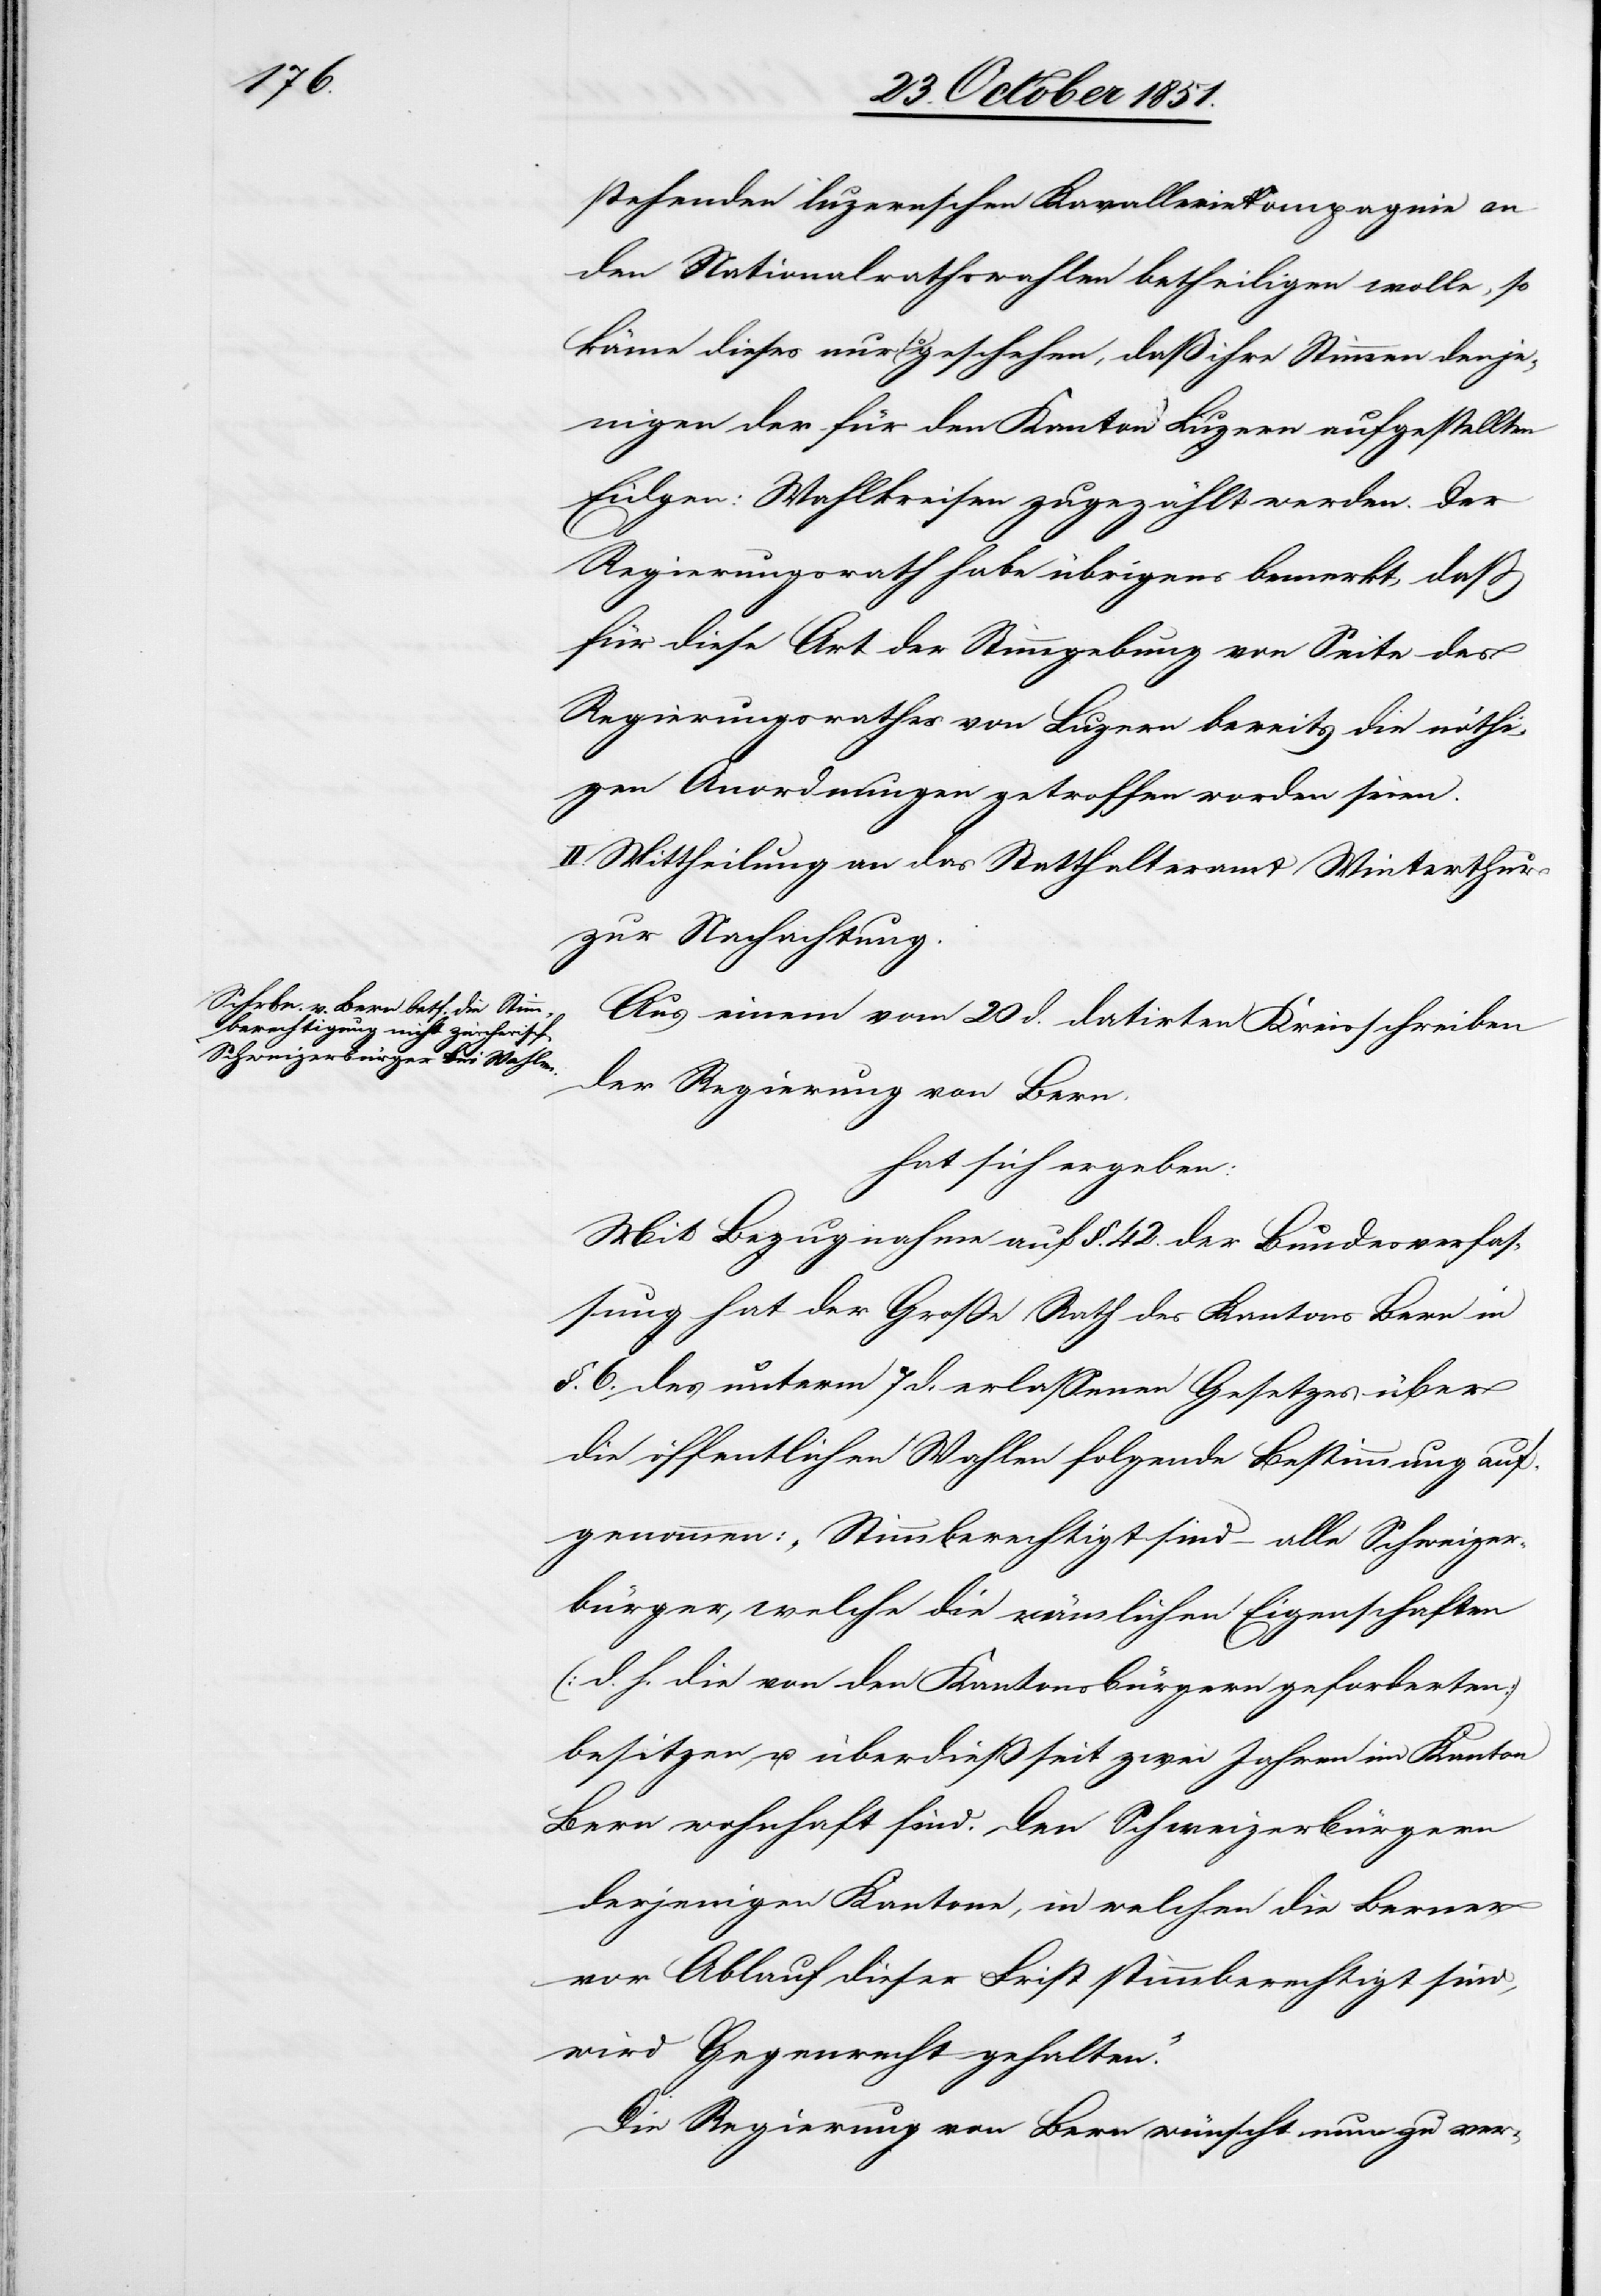
stehenden luzernschen Kavalleriekompagnie an
den Nationalrathswahlen betheiligen wolle, so
könne dieses nur so geschehen, daß ihre Stimmen denje¬
nigen der für den Kanton Luzern aufgestellten
Eidgen: Wahlkreisen zugezählt werden. Der
Regierungsrath habe übrigens bemerkt, daß
für diese Art der Stimmgebung von Seite des
Regierungsrathes von Luzern bereits die nöthi¬
gen Anordnungen getroffen worden seien.
II. Mittheilung an das Statthalteramt Winterthur
zur Nachachtung.
Aus einem vom 20 d. datirten Kreisschreiben
der Regierung von Bern.
hat sich ergeben:
Mit Bezugnahme auf §. 42. der Bundesverfas¬
sung hat der Große Rath des Kantons Bern in
§. 6. des unterm 7 d. erlassenen Gesetzes über
die öffentlichen Wahlen folgende Bestimmung auf¬
genommen: „Stimmberechtigt sind – alle Schweizer¬
bürger, welche die nämlichen Eigenschaften
(d. h. die von den Kantonsbürgern geforderten)
besitzen, u. überdieß seit zwei Jahren im Kanton
Bern wohnhaft sind. Den Schweizerbürgern
derjenigen Kantone, in welchen die Berner
vor Ablauf dieser Frist stimmberechtigt sind,
wird Gegenrecht gehalten.“
Die Regierung von Bern wünscht nun zu ver-